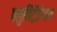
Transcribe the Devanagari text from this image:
फ्लुनिट्रॅझेपाम